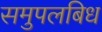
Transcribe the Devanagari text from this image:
समुपलबिध